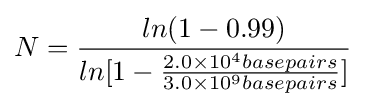
N={\frac {ln(1-0.99)}{ln[1-{\frac {2.0\times 10^{4}basepairs}{3.0\times 10^{9}basepairs}}]}}